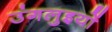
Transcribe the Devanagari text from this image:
उंगलुइयों